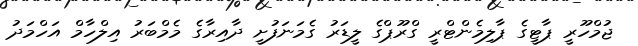
ޖުމްހޫރީ ޕާޓީގެ ޕާލިމެންޓްރީ ގްރޫޕްގެ ލީޑަރު ގެމަނަފުށީ ދާއިރާގެ މެމްބަރު އިލްހާމް އަހްމަދު